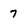
Character: 7